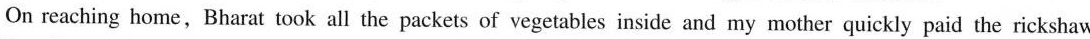
On reaching home, Bharat took all the packets of vegetables inside and my mother quickly paid the rickshaw